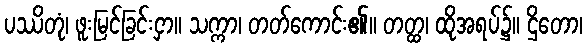
ပဿိတုံ၊ ဖူးမြင်ခြင်းငှာ။ သက္ကာ၊ တတ်ကောင်း၏။ တတ္ထ၊ ထိုအရပ်၌။ ဌိတော၊